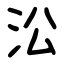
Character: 㳂